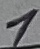
Text: 1